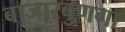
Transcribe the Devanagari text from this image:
बाजारबुणगा